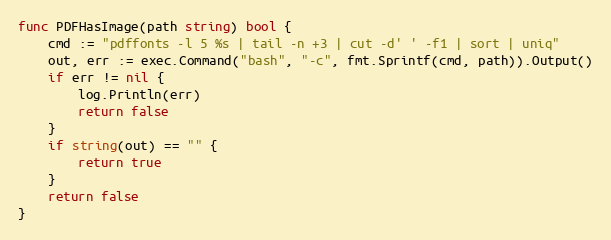
Language: Go
func PDFHasImage(path string) bool {
	cmd := "pdffonts -l 5 %s | tail -n +3 | cut -d' ' -f1 | sort | uniq"
	out, err := exec.Command("bash", "-c", fmt.Sprintf(cmd, path)).Output()
	if err != nil {
		log.Println(err)
		return false
	}
	if string(out) == "" {
		return true
	}
	return false
}